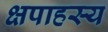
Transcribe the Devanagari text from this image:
क्षपाहस्य